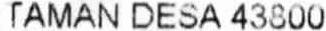
TAMAN DESA 43800